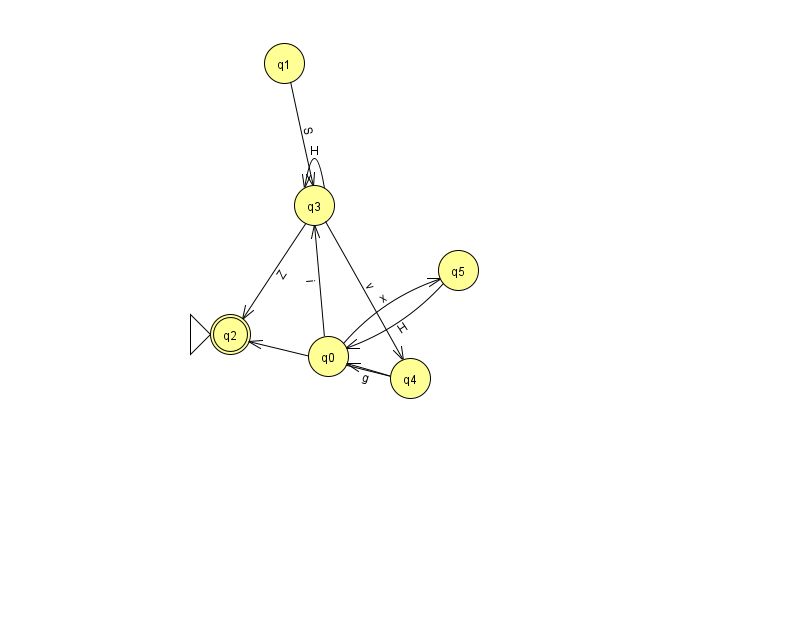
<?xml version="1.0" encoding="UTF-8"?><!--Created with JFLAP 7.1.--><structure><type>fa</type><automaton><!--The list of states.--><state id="0" name="q0"><x>328.0</x><y>343.0</y></state><state id="1" name="q1"><x>284.0</x><y>50.0</y></state><state id="2" name="q2"><x>230.0</x><y>321.0</y><initial/><final/></state><state id="3" name="q3"><x>314.0</x><y>192.0</y></state><state id="4" name="q4"><x>410.0</x><y>365.0</y></state><state id="5" name="q5"><x>458.0</x><y>257.0</y></state><!--The list of transitions.--><transition><from>0</from><to>5</to><read>x</read></transition><transition><from>5</from><to>0</to><read>H</read></transition><transition><from>0</from><to>3</to><read>i</read></transition><transition><from>1</from><to>3</to><read>S</read></transition><transition><from>3</from><to>4</to><read>v</read></transition><transition><from>3</from><to>3</to><read>H</read></transition><transition><from>4</from><to>0</to><read>g</read></transition><transition><from>4</from><to>2</to><read>X</read></transition><transition><from>3</from><to>2</to><read>Z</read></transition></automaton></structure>